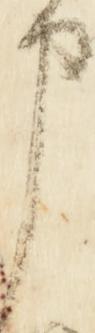
申